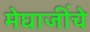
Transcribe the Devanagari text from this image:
मेघाजींचे